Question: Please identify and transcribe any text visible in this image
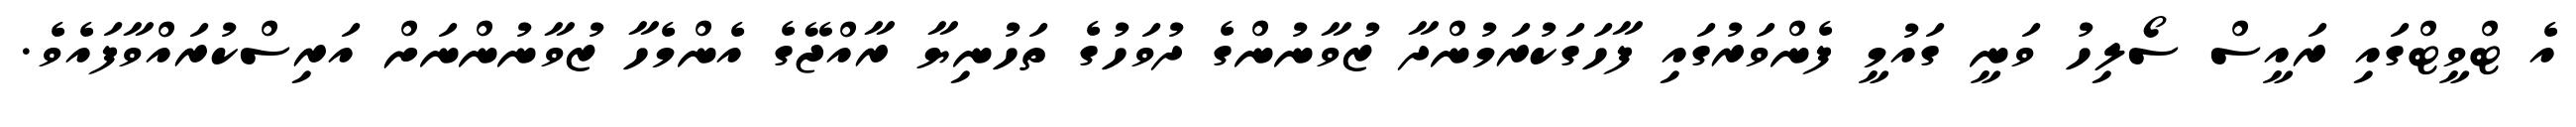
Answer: އެ ޓްވީޓްގައި ރައީސް ސޯލިހު ވަނީ ގައުމީ ފެންވަރުގައި ފާހަގަކުރަމުންދާ ޒުވާނުންގެ ދުވަހުގެ ތަހުނިޔާ ރާއްޖޭގެ އެންމެހާ ޒުވާނުންނަށް އަރިސްކުރައްވާފައެވެ.